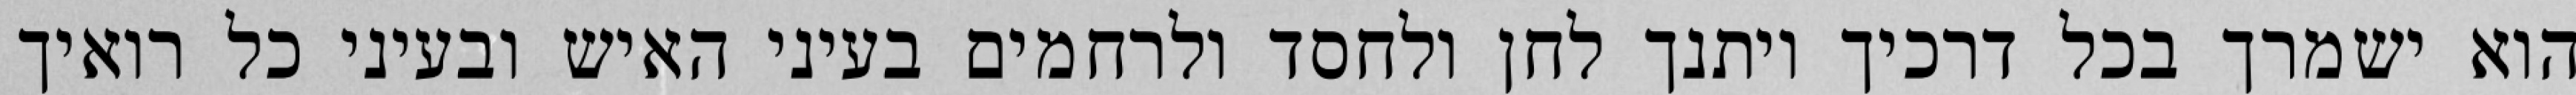
הוא ישמרך בכל דרכיך ויתנך לחן ולחסד ולרחמים בעיני האיש ובעיני כל רואיך